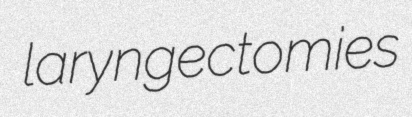
laryngectomies